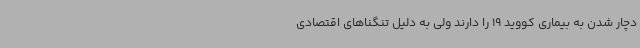
دچار شدن به بیماری کووید 19 را دارند ولی به دلیل تنگناهای اقتصادی